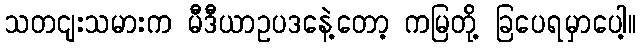
သတငျးသမားက မီဒီယာဥပဒနေဲ့တော့ ကမြတို့ ခြပေရမှာပေါ့။